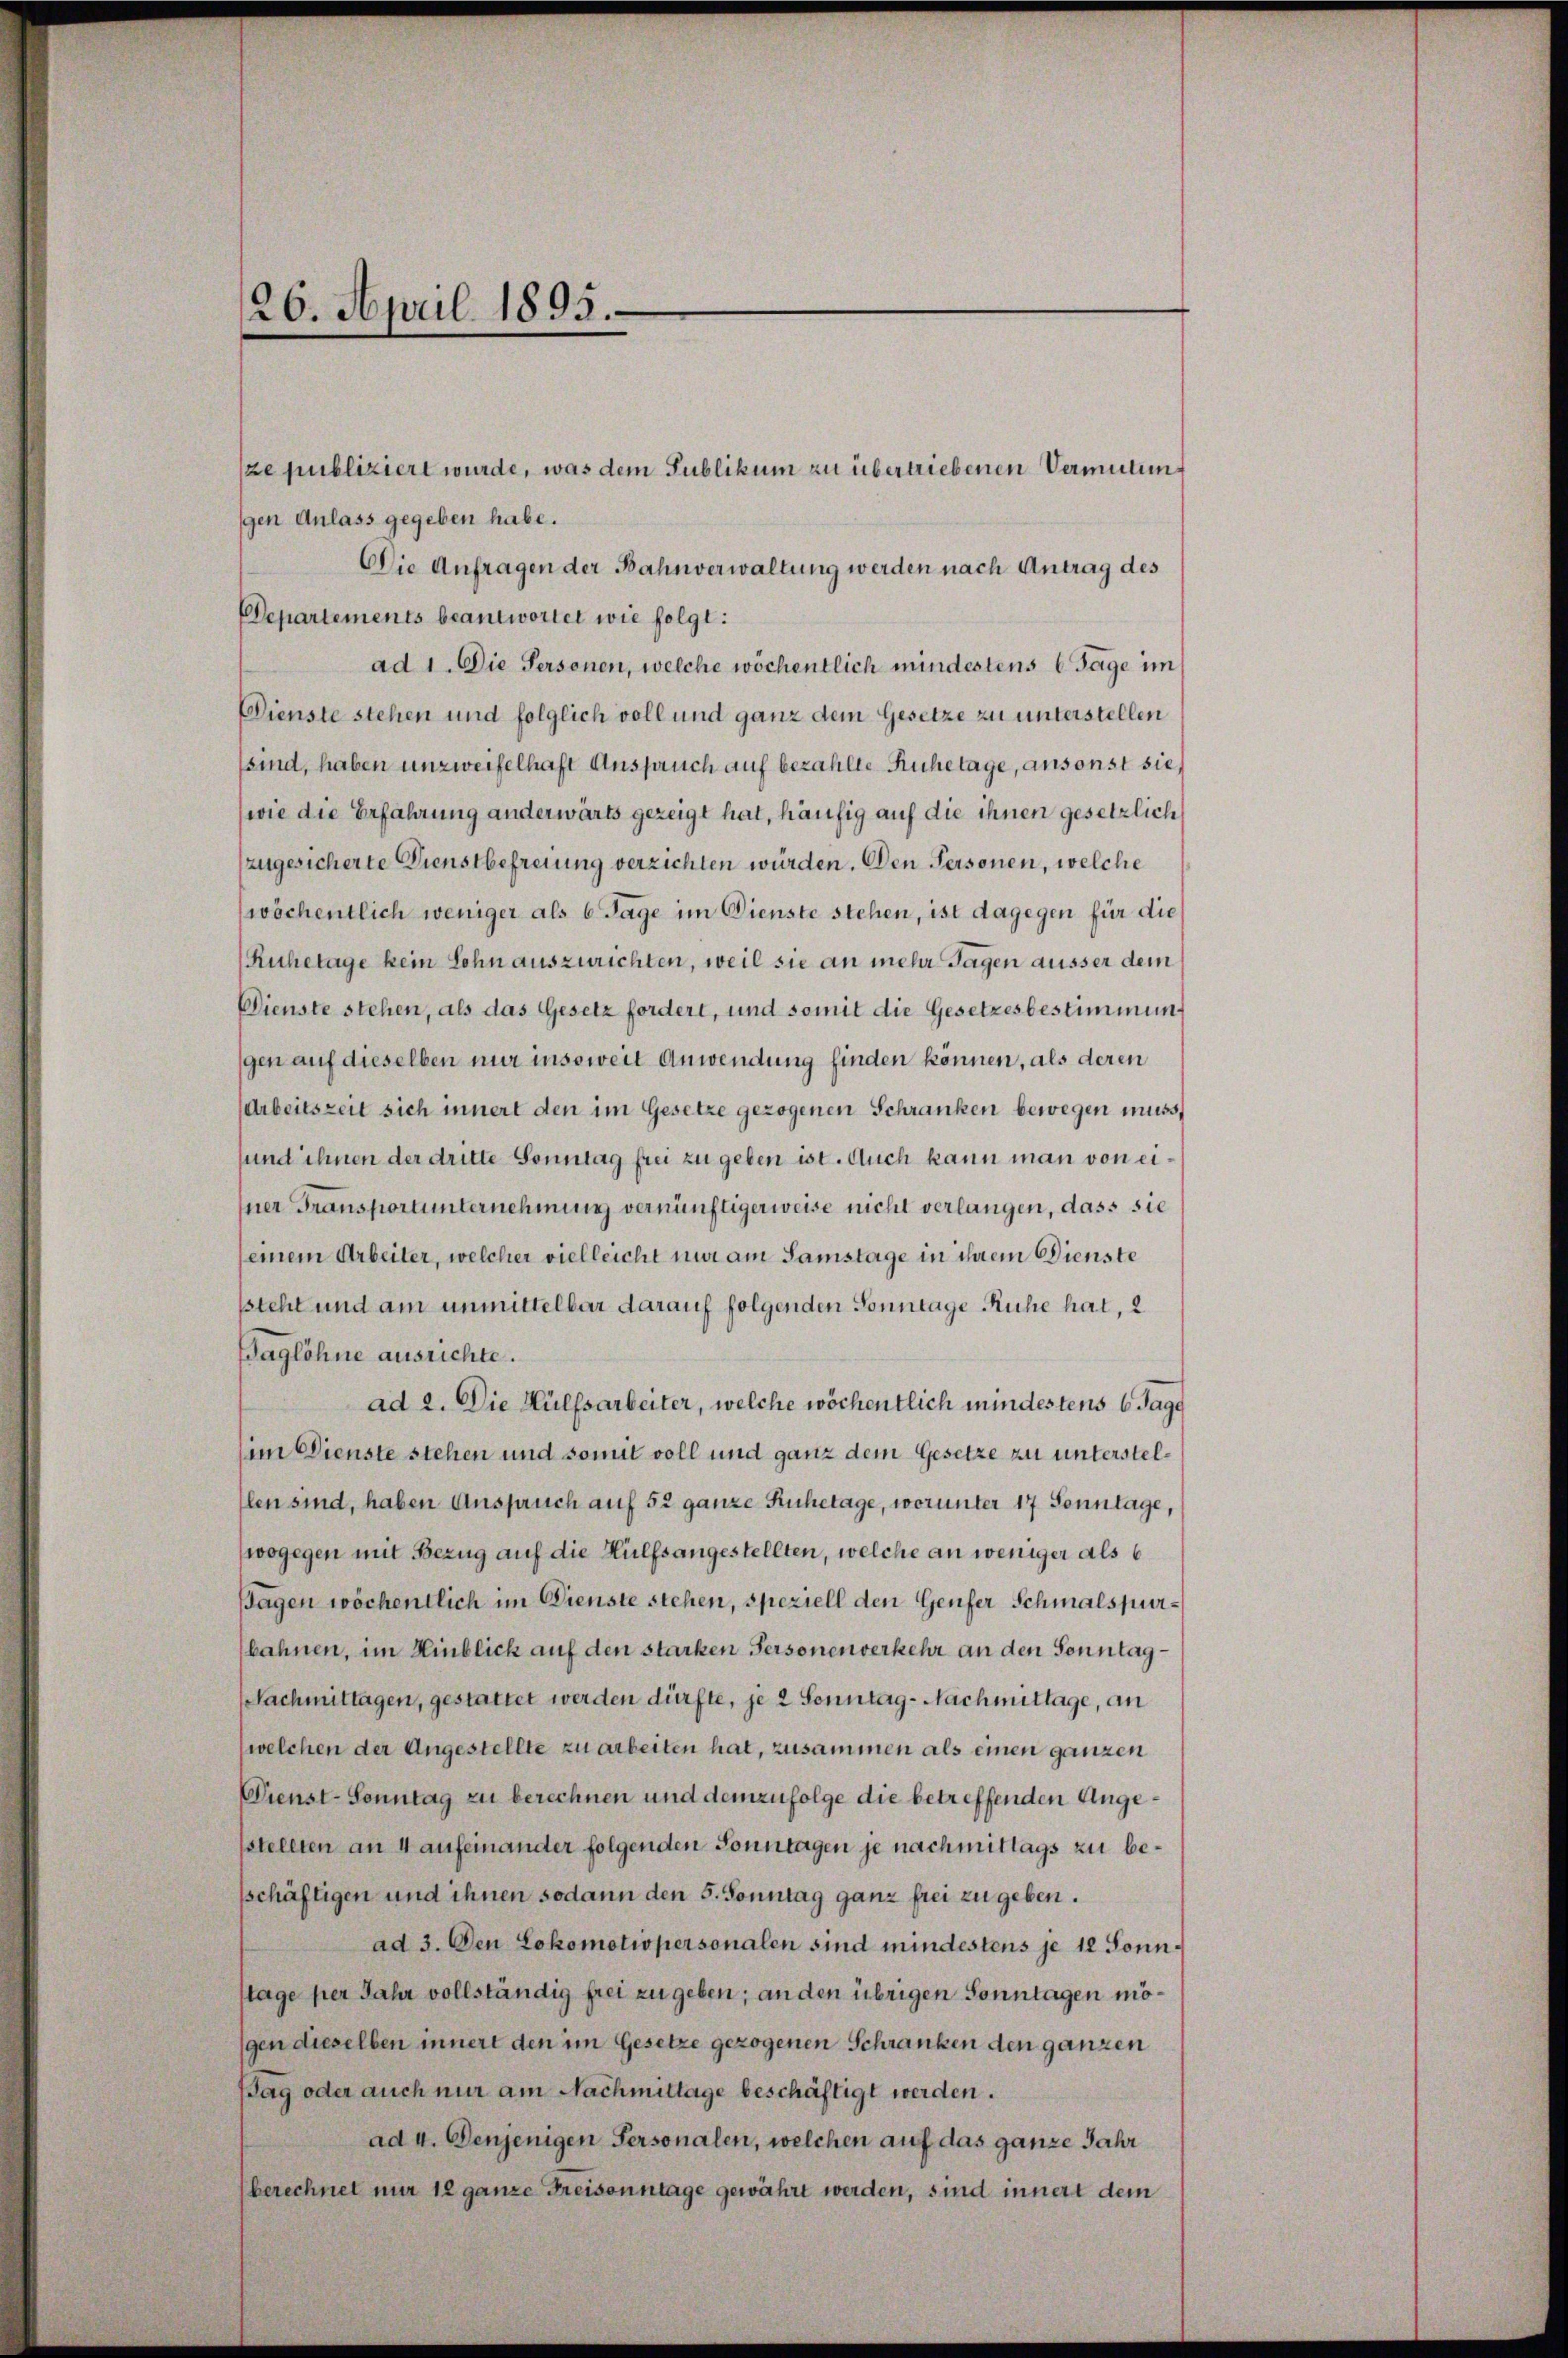
26. April 1893.

ze publiziert wurde, was dem Sublikum zu übertriebenen Vermutungen Anlass gegeben habe.
Die Anfragen der Bahnverwaltung werden nach Antrag des
Departements beantwortet wie folgt:
ad 1. Die Personen, welche wöchentlich mindestens 6 Tage im
Dienste stehen und folglich voll und ganz dem Gesetze zu unterstellen
sind, haben unzweifelhaft Anspruch auf bezahlte Ruhetage, ansonst sie,
(wie die Erfahrung anderwärts gezeigt hat, häufig auf die ihnen gesetzlich
zugesicherte Dienstbefreiung verzichten würden. Den Personen, welche
wöchentlich weniger als 6 Tage im Dienste stehen, ist dagegen für die
Ruhetage kein Sohn auszurichten, weil sie an mehr Tagen äusser dem
Dienste stehen, als das Gesetz fordert, und somit die Gesetzesbestimmungen auf dieselben nur insoweit Anwendung finden können, als deren
(Arbeitszeit sich innert den im Gesetze gezogenen Schranken bewegen muss,
sund ihnen der dritte Sonntag frei zu geben ist. Auch kann man von eisner Fransportunternehmung vernünftigerweise nicht verlangen, dass sie
seinem Arbeiter, welcher vielleicht nur am Samstage in ihrem Dienste
ssteht und am unmittelbar darauf folgenden Sonntage Ruhe hat, 2
Baglöhne ausrichte.
ad 2. Die Hülfsarbeiter, welche wöchentlich mindestens 6 Tage
im Dienste stehen und somit voll und ganz dem Gesetze zu unterstel¬
Elen sind, haben Anspruch auf 52 ganze Ruhetage, worunter 17 Sonntage,
wogegen mit Bezug auf die Hülfsangestellten, welche an weniger als 6
pagen wöchentlich im Dienste stehen, speziell den Genfer Schmalspurbahnen, im Hinblick auf den starken Personenverkehr an den Sonntag¬
Nachmittagen, gestattet werden dürfte, je 2 Sonntag-Nachmittage, an
welchen der Angestellte zu arbeiten hat, zusammen als einen ganzen
Dienst-Sonntag zu berechnen und demzufolge die betreffenden Angesstellten an 4 aufeinander folgenden Sonntagen je nachmittags zu besschäftigen und ihnen sodann den 5. Sonntag ganz frei zu geben.
ad 3. Den Lokomotiopersonalen sind mindestens je 12 Sonntage per Jahr vollständig frei zu geben; an den übrigen Sonntagen mögen dieselben innert den im Gesetze gezogenen Schranken den ganzen
ag oder auch nur am Nachmittage beschäftigt werden.
ad 4. Denjenigen Personalen, welchen auf das ganze Jahr
berechnet nur 12 ganze Freisonntage gewährt werden, sind innert dem